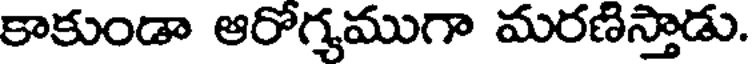
కాకుండా ఆరోగ్యముగా మరణిస్తాడు.